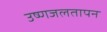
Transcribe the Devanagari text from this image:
उष्णजलतापन